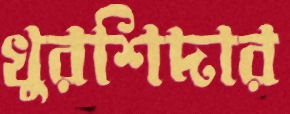
খুরশিদার